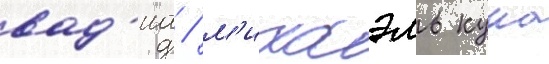
вад'иа / м'ихаэль куна